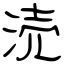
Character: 涜